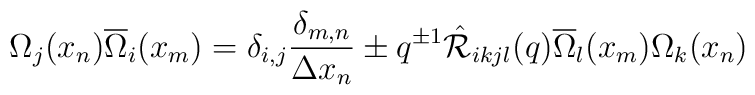
\Omega_{j}(x_{n})\overline{\Omega}_{i}(x_{m})=\delta_{i,j}\frac{\delta_{m,n}}{\Delta x_{n}}\pm q^{\pm 1}\hat{{\cal R}}_{ikjl}(q)\overline{\Omega}_{l}(x_{m})\Omega_{k}(x_{n})